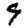
Digit: 9